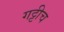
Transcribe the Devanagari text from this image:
गट्टीच